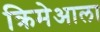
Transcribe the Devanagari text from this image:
क्रिमेआला